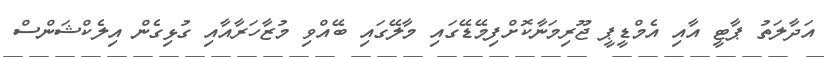
އަދާލަތު ޕާޓީ އާއި އެމްޑީޕީ ޖޫރިމަނާކޮށްފިމޭޑޭގައި މާލޭގައި ބޭއްވި މުޒާހަރާއާއި ގުޅިގެން އިލެކްޝަންސް